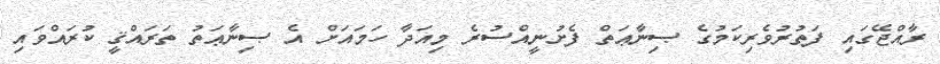
ރާއްޖޭގައި ފަތުރުވެރިކަމުގެ ޞިނާޢަތް ފެށުނީއްސުރެ މިއަދާ ހަމައަށް އެ ޞިނާޢަތު ތަރައްޤީ ކުރައްވައި